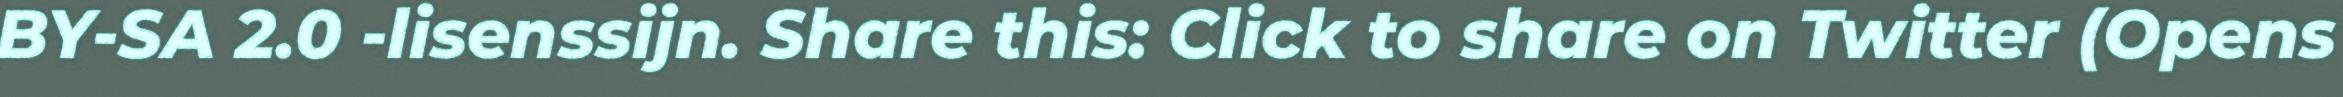
BY-SA 2.0 -lisenssijn. Share this: Click to share on Twitter (Opens